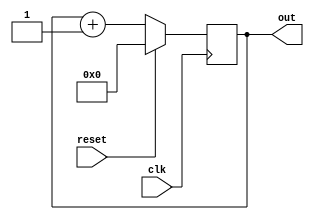
//top.v
module top (
    input clk,
    input reset,
    output reg [3:0] out);
    
    always @(posedge clk) begin
        out <= reset ? 0 : out + 1;
    end
    
endmodule